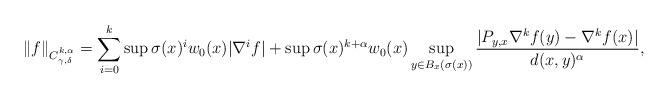
LaTeX: \begin{align*} \|f\|_{C^{k,\alpha}_{\gamma,\delta}} = \sum_{i=0}^k \sup \sigma(x)^i w_0(x) |\nabla^i f| + \sup \sigma(x)^{k+\alpha} w_0(x) \sup_{y\in B_x(\sigma(x))} \frac{|P_{y,x}\nabla^k f(y) - \nabla^kf(x)|}{d(x,y)^\alpha},\end{align*}